Indian journal of veterinary science and animal husbandry - Volumes 22-23, 1952-1953
Year: 1952
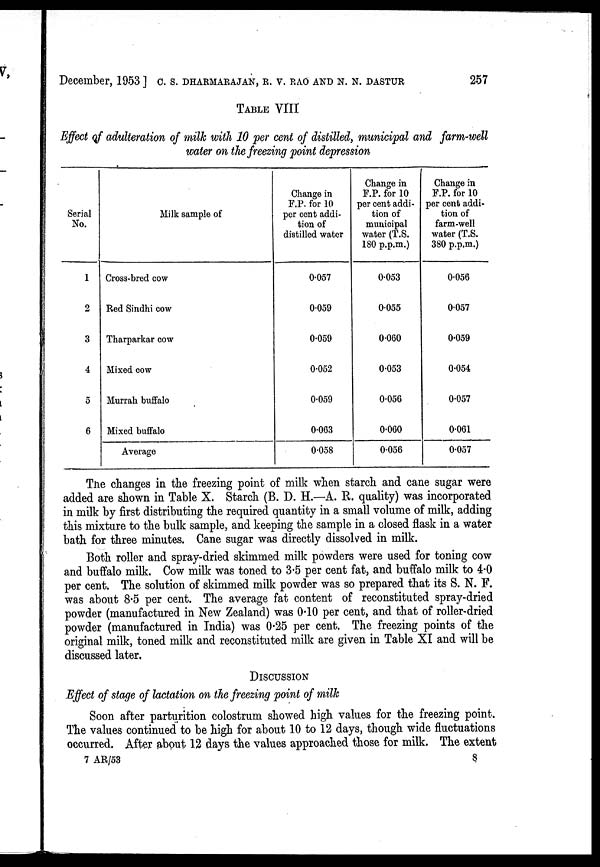
December, 1953] C. S. DHARMARAJAN, R. V. RAO AND N. N. DASTUR 257
TABLE VIII
Effect of adulteration of milk with 10 per cent of distilled, municipal and farm-well
water on the freezing point depression
Serial
No.
1
2
3
4
5
6
Milk sample of
Cross-bred cow
Red Sindhi cow
Tharparkar cow
Mixed cow
Murrah buffalo
Mixed buffalo
Average
Change in
P.P. for 10
per cent addi-
tion of
distilled water
0.057
0.059
0.059
0.052
0.059
0.063
0.058
Change in
F.P. for 10
per cent addi-
tion of
municipal
water (T.S.
180 p.p.m.)
0.053
0.055
0.060
0.053
0.056
0.060
0.056
Change in
F.P. for 10
per cent addi-
tion of
farm-well
water (T.S.
380 p.p.m.)
0.056
0.057
0.059
0.054
0.057
0.061
0.057
The changes in the freezing point of milk when starch and cane sugar were
added are shown in Table X. Starch (B. D. H.—A. R. quality) was incorporated
in milk by first distributing the required quantity in a small volume of milk, adding
this mixture to the bulk sample, and keeping the sample in a closed flask in a water
bath for three minutes. Cane sugar was directly dissolved in milk.
Both roller and spray-dried skimmed milk powders were used for toning cow
and buffalo milk. Cow milk was toned to 3.5 per cent fat, and buffalo milk to 4.0
per cent. The solution of skimmed milk powder was so prepared that its S. N. F.
was about 8.5 per cent. The average fat content of reconstituted spray-dried
powder (manufactured in New Zealand) was 0.10 per cent, and that of roller-dried
powder (manufactured in India) was 0.25 per cent. The freezing points of the
original milk, toned milk and reconstituted milk are given in Table XI and will be
discussed later.
DISCUSSION
Effect of stage of lactation on the freezing point of milk
Soon after parturition colostrum showed high values for the freezing point.
The values continued to be high for about 10 to 12 days, though wide fluctuations
occurred. After about 12 days the values approached those for milk. The extent
7 AR/53
8